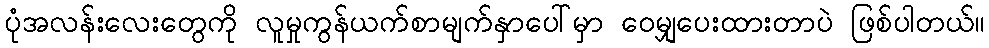
ပုံအလန်းလေးတွေကို လူမှုကွန်ယက်စာမျက်နှာပေါ်မှာ ဝေမျှပေးထားတာပဲ ဖြစ်ပါတယ်။